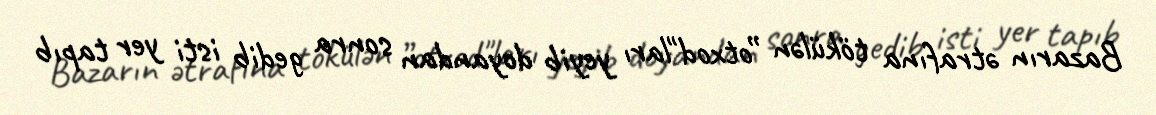
Bazarın ətrafına tökülən ”otxod"ları yeyib doyandan sonra gedib isti yer tapıb